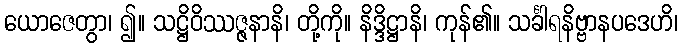
ယောဇေတွာ၊ ၍။ သဋ္ဌိဝိဿဇ္ဇနာနိ၊ တို့ကို။ နိဒ္ဒိဋ္ဌာနိ၊ ကုန်၏။ သင်္ခါရနိဗ္ဗာနပဒေဟိ၊